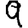
Digit: 9